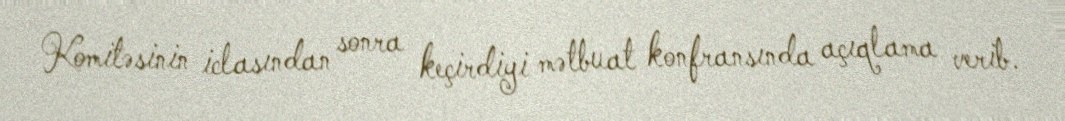
Komitəsinin iclasından sonra keçirdiyi mətbuat konfransında açıqlama verib.